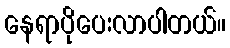
နေရာပိုပေးလာပါတယ်။